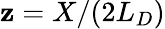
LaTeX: \mathbf{z}=X/(2L_{D})